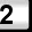
Digit: 2